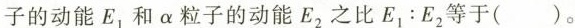
子的动能E_{1}和α粒子的动能E_{2}之比$$E _ { 1 }：E _ { 2 }$$等于( )。